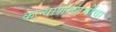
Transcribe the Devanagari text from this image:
कल्याणस्वामींचा